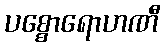
ပစ္စောရောဟဏီ